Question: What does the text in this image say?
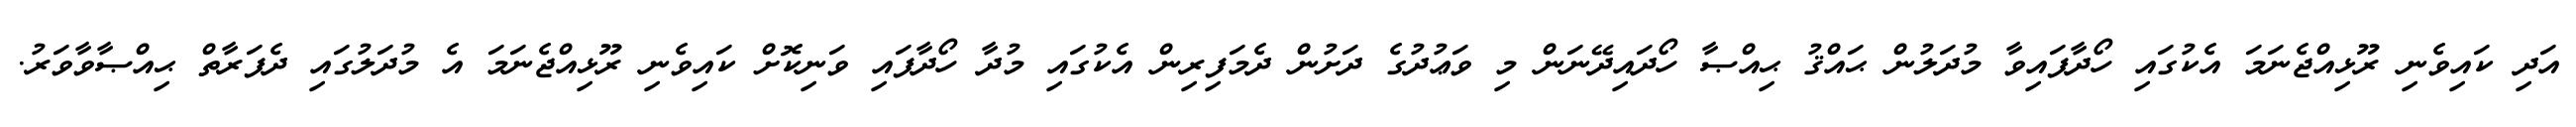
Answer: އަދި ކައިވެނި ރޫޅިއްޖެނަމަ އެކުގައި ހޯދާފައިވާ މުދަލުން ޙައްޤު ޙިއްޞާ ހޯދައިދޭނަން މި ވަޢުދުގެ ދަށުން ދެމަފިރިން އެކުގައި މުދާ ހޯދާފައި ވަނިކޮށް ކައިވެނި ރޫޅިއްޖެނަމަ އެ މުދަލުގައި ދެފަރާތް ޙިއްޞާވާވަރު.